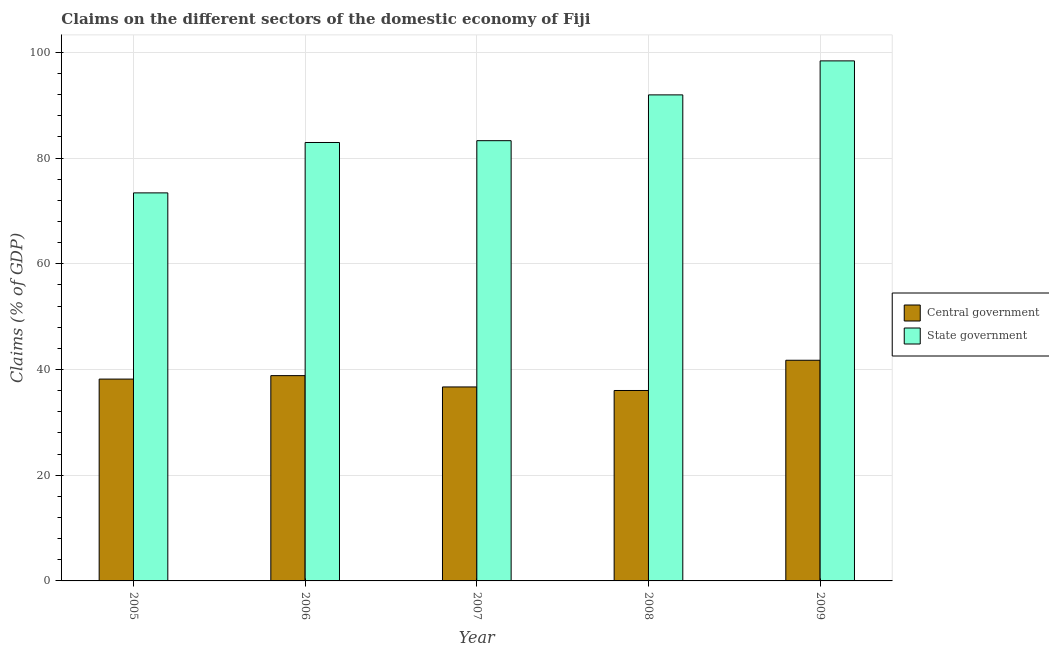
| Year | Central government | State government |
 | --- | --- | --- |
 | 2005 | 38.2 | 73.4 |
 | 2006 | 38.8 | 82.9 |
 | 2007 | 36.7 | 83.3 |
 | 2008 | 36 | 91.9 |
 | 2009 | 41.7 | 98.4 |